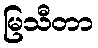
မြသီတာ